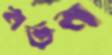
নর্তন